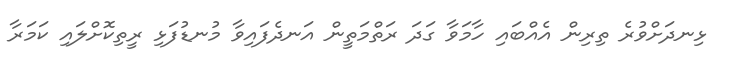
ޅިނދަށްވުރެ ތިރިން އެއްބައި ހާމަވާ ގަދަ ރަތްމަތީން އަނދެފައިވާ މުނޑުފަޅި ރީތިކޮށްލައި ކަމަރާ